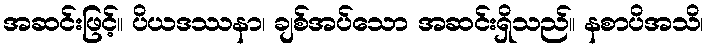
အဆင်းဖြင့်။ ပိယဒဿနာ၊ ချစ်အပ်သော အဆင်းရှိသည်။ နစာပိအသိ၊